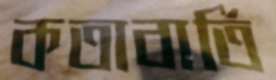
কতাবার্তি